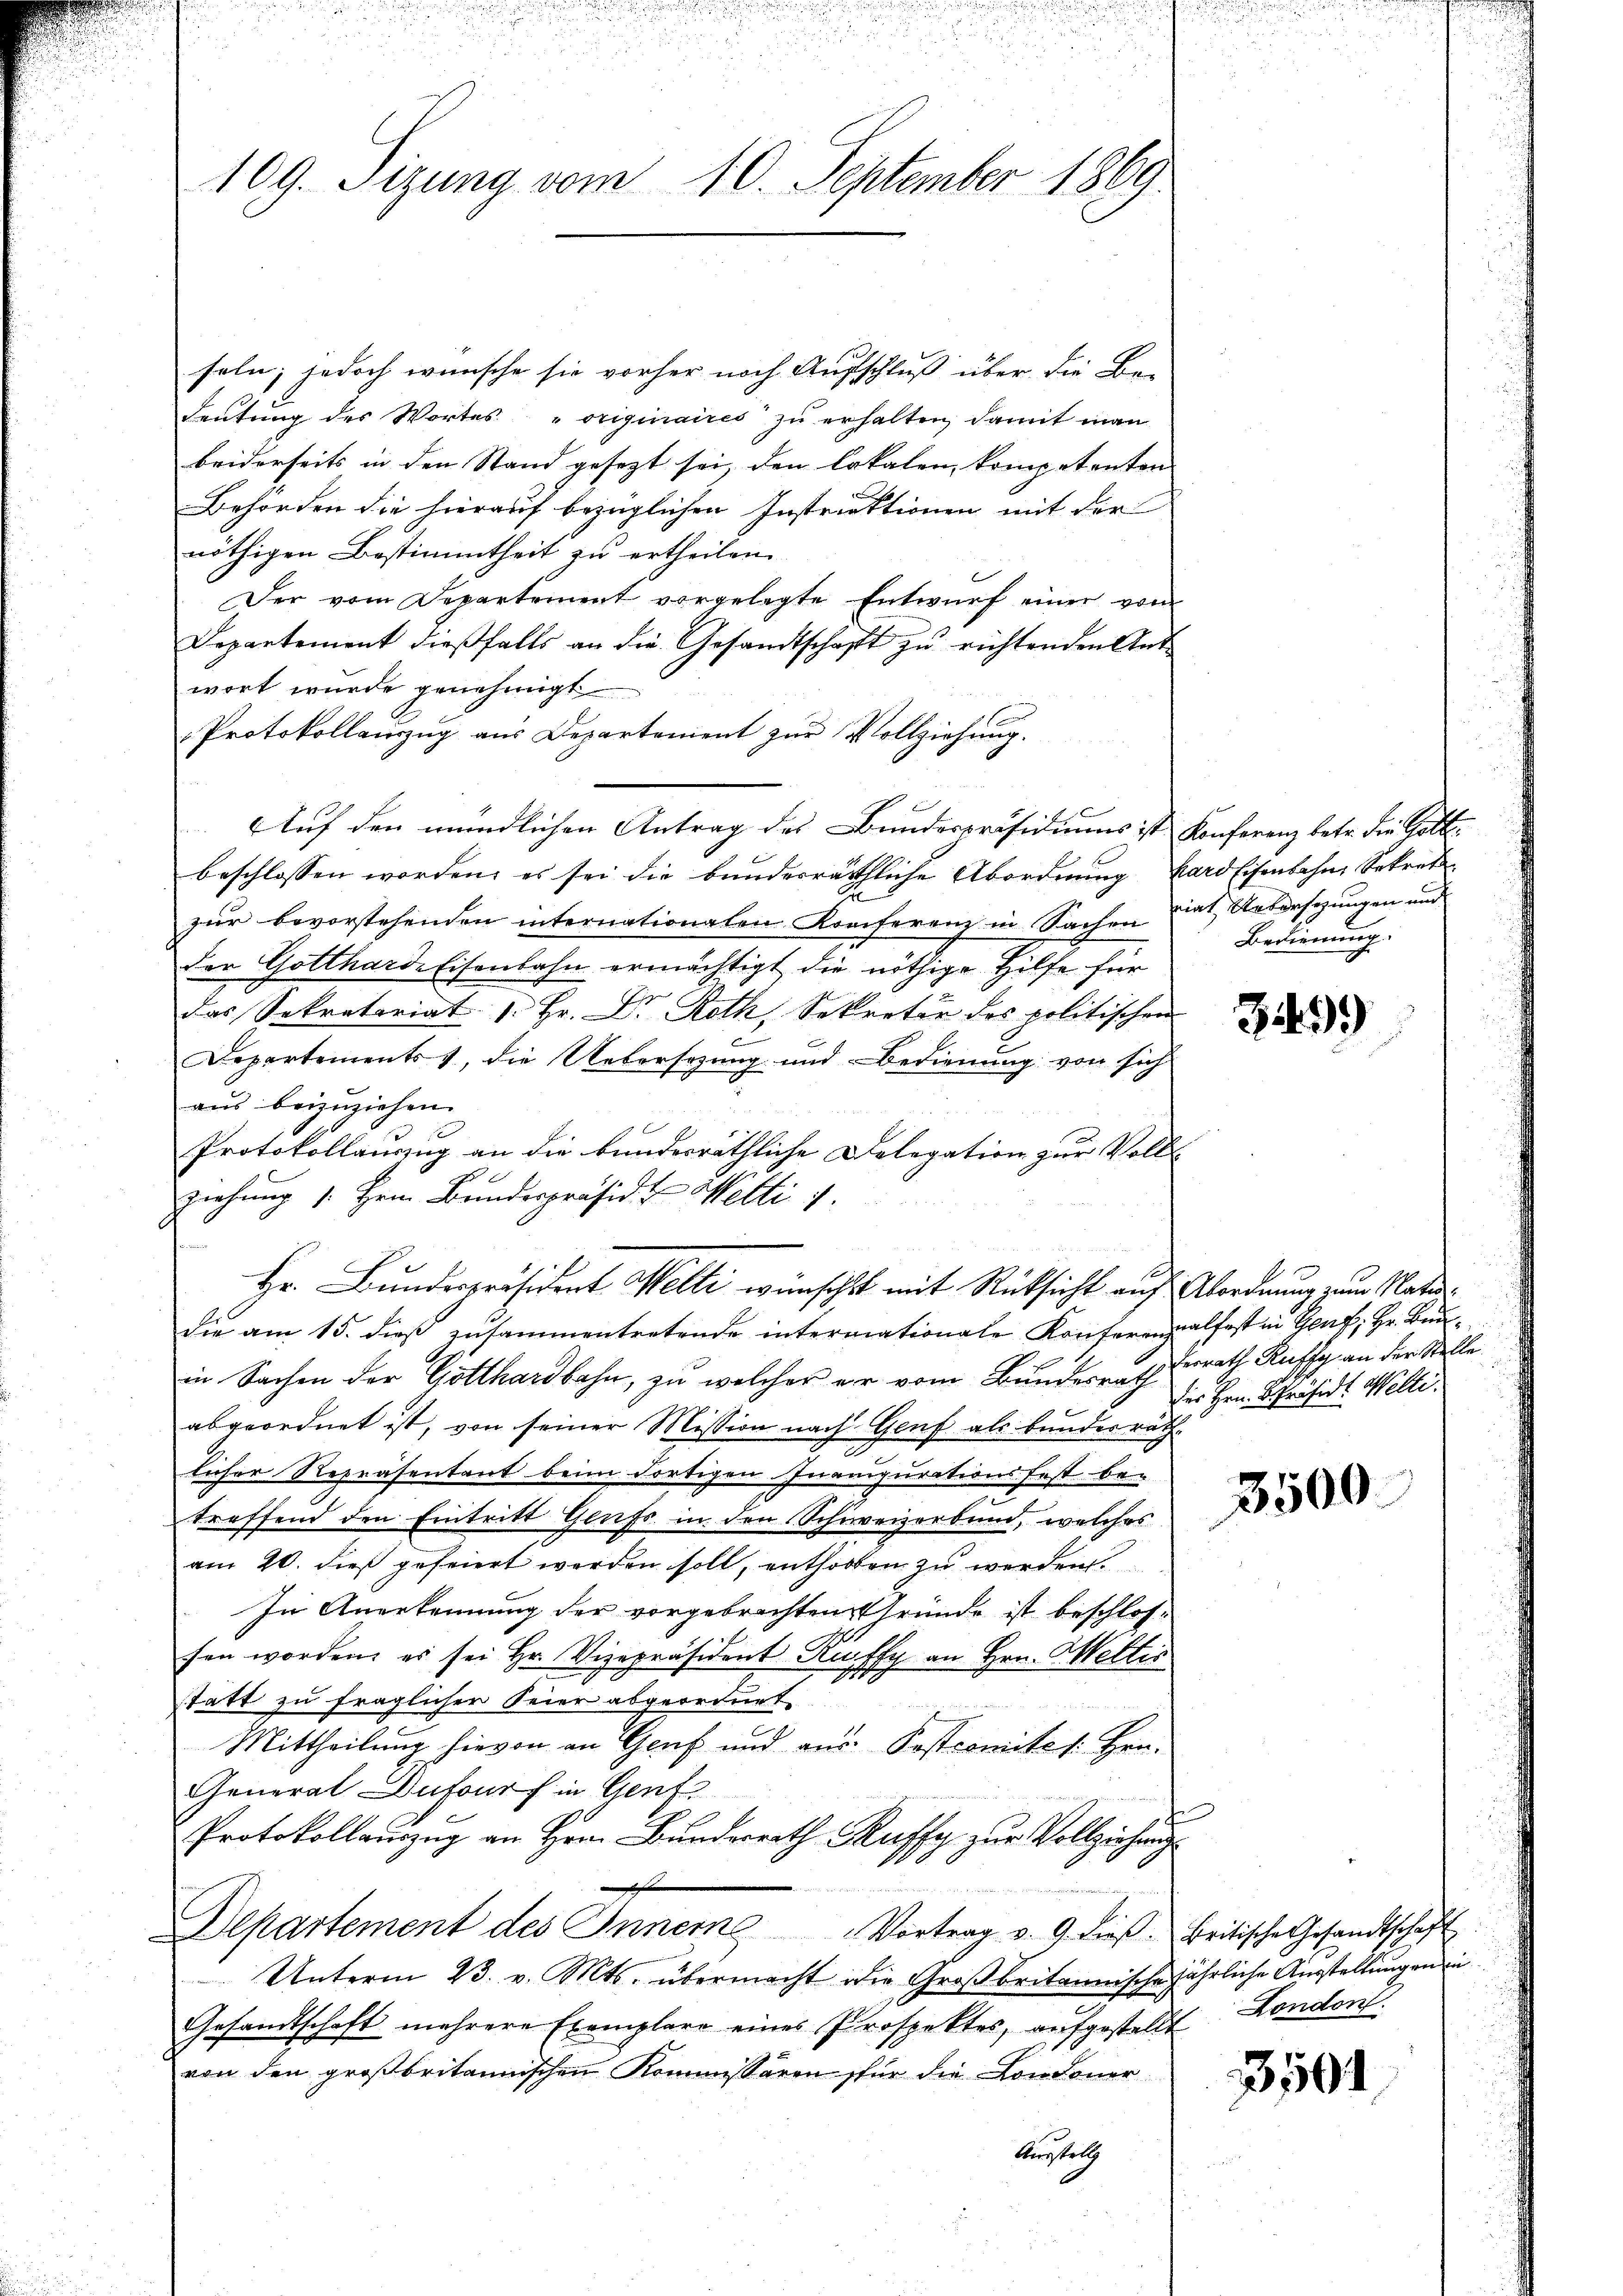
109. Sizung vom 10. September 1869.

seln; jedoch wünsche sie vorher noch Aufschluß über die Be-
deŭtŭng des Wortes "originaires zŭ erhalten, damit man
beiderseits in den Stand gesezt sei, den lokalen kompetenten
Behörden die hierauf bezüglichen Instruktionen mit der
nöthigen Bestimmtheit zu ertheilen.
Der vom Departement vorgelegte Entwurf einer vom
Departement dieβfalls an die Gesandtschaft zu richtenden Antwort wurde genehmigt
Protokollanzŭg aŭs Departement zŭr Vollziehung.
Auf den mündlichen Antrag des Bundespräsidiums ist Konferenz betr. die Gottbeschlossen worden, es sei die bunderräthliche Abordnung kard Eisenbahn, Sekret
zur bevorstehenden internationalen Konferenz in Sachen hat. Uebersezungen und
der Gottharde Eisenbahn ermächtigt die nöthige Hilfe für
das Sekretariat 1. Hr. Dr. Roth, Sekretär des politischen
6
Departements, die Uebersezung und Bedienung von sich
aus beizuziehen.
Protokollauszug an die bundesräthliche Delegation zur Voll-
f
ziehung 1. Hrn. Bandespräsid. u Welti 1
Hr. Bundespräsident Welti wünscht mit Rücksicht auf Abordnung zum Natudie am 15. dieß zusammentretende intermationale Konferenzalfest in Genf; Hr. Bunin Sachen der Gotthardbahn, zu welcher er vom Bundesrath Berath Rufs an der Stelle
abgeordnet ist, von seiner Mission nach Genf als bundesräth¬
.
licher Repräsentant beim dortigen Inanipurationsfest be-
treffend den Eintritt Genfs in den Schweizerbund, welches
am 20. dieß gefeiert werden soll, enthorten zu werden.
In Anerkennung der vorgebrachten Gründe ist beschlos-
fen worden, es sei Hr. Vizepräsident Ruffy an Hrn. Weltis
statt zu fraglicher Feier abgeordnet
Mittheilung hievon an Genf und aus Postcomites Hrn.
General Dufourf in Genf.
Protokollauszug an Hrn. Bunderrath Ruffy zur Vollziehung
D
2
Departement des Innere Vortrag v. 9. dieß. Britische Gesandtschaft
Unterm 23. v. Mts. übermacht die Großbritannische jährliche Ausstellungen in
Gesandtschaft mehrere Exemplare eines Prospektes, aufgestellt Hondorf.
von den großbritannischen Kommissären für die Condoner
Auerstell

Bedienung.

349)

des Hrn. Präsidt Welti.

3500.

3501